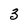
Character: 3